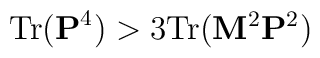
{\rm Tr} ({\bf P}^4 ) > 3{\rm Tr} ({\bf M}^2{\bf P}^2 )